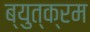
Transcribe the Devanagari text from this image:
ब्युत्क्रम